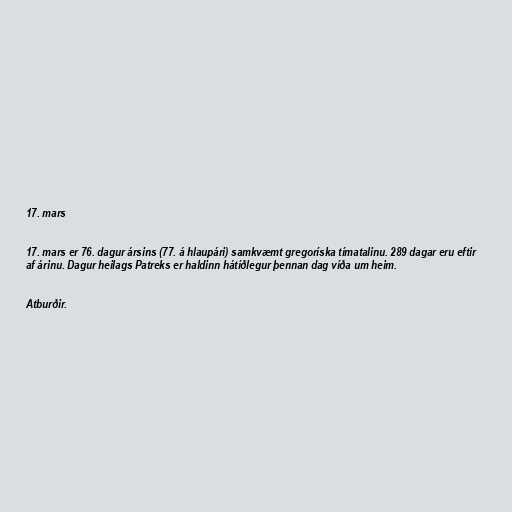
17. mars

17. mars er 76. dagur ársins (77. á hlaupári) samkvæmt gregoríska tímatalinu. 289 dagar eru eftir
af árinu. Dagur heilags Patreks er haldinn hátíðlegur þennan dag víða um heim.

Atburðir.